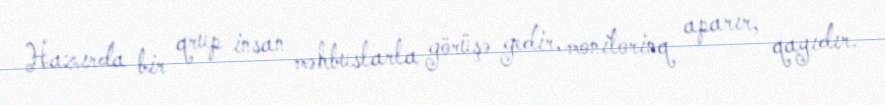
Hazırda bir qrup insan məhbuslarla görüşə gedir, monitorinq aparır, qayıdır.